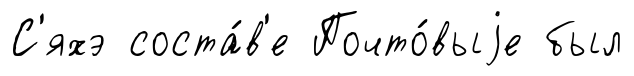
С'яхэ соста́в'е Почто́выjе был